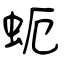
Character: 蚅